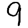
Digit: 9